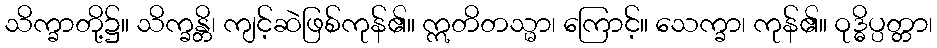
သိက္ခာတို့၌။ သိက္ခန္တိ၊ ကျင့်ဆဲဖြစ်ကုန်၏။ ဣတိတသ္မာ၊ ကြောင့်။ သေက္ခာ၊ ကုန်၏။ ဝုဒ္ဓိပ္ပတ္တာ၊